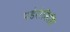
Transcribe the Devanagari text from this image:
पडेरोसिसि